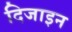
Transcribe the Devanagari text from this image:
दिजाइन